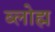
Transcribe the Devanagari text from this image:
ब्लोह्म